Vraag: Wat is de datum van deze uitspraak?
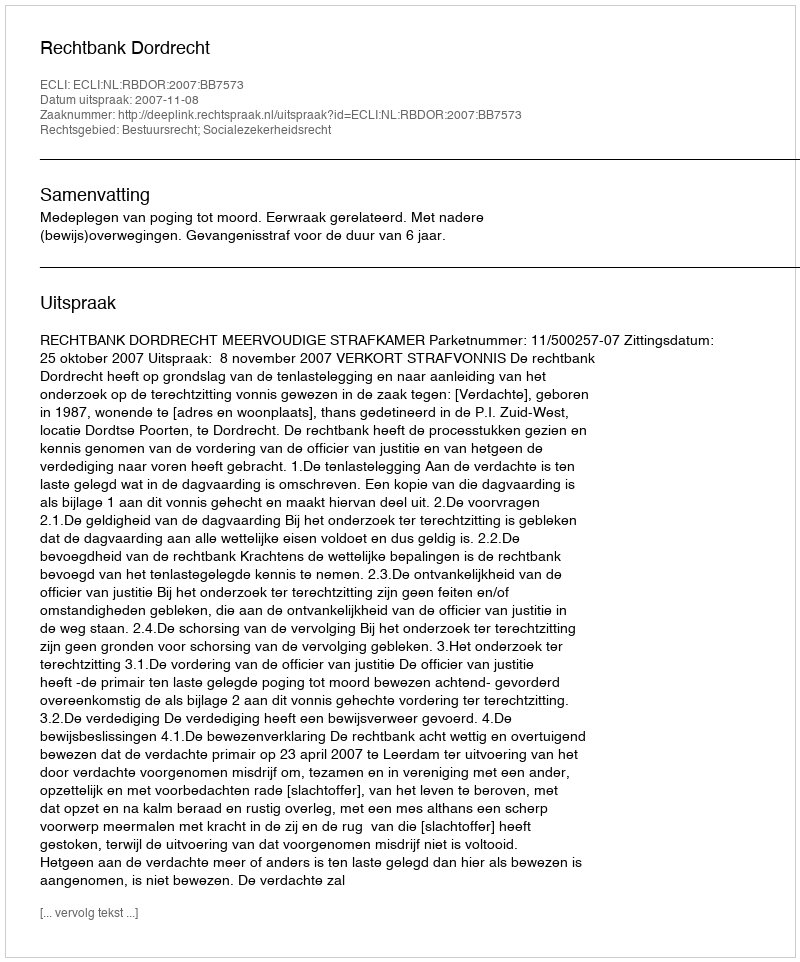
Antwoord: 2007-11-08